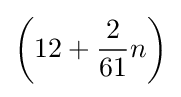
\left(12+{\frac {2}{61}}n\right)